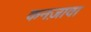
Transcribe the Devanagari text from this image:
कनज़ावा